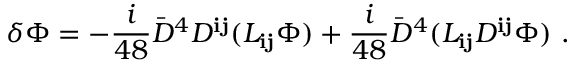
\delta \Phi = - \frac { i } { 4 8 } { \bar { D } } ^ { 4 } D ^ { { \mathbf i } { \mathbf j } } ( L _ { { \mathbf i } { \mathbf j } } \Phi ) + \frac { i } { 4 8 } { \bar { D } } ^ { 4 } ( L _ { { \mathbf i } { \mathbf j } } D ^ { { \mathbf i } { \mathbf j } } \Phi ) \ .